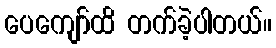
ပေကျော်ထိ တက်ခဲ့ပါတယ်။